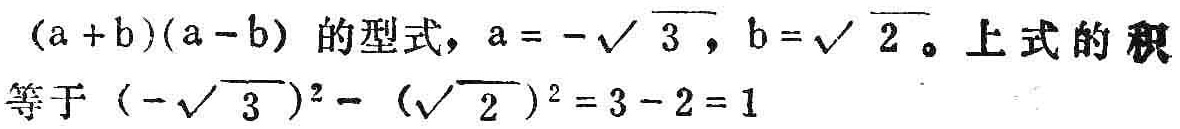
\((a + b)(a - b)\) 的型式，\(a = -\sqrt{3}\)，\(b = \sqrt{2}\)。上式的积等于 \((-\sqrt{3})^{2} - (\sqrt{2})^{2} = 3 - 2 = 1\)